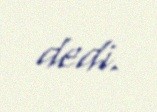
dedi.